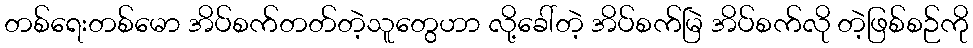
တစ်ရေးတစ်မော အိပ်စက်တတ်တဲ့သူတွေဟာ လို့ခေါ်တဲ့ အိပ်စက်မြဲ အိပ်စက်လို တဲ့ဖြစ်စဉ်ကို